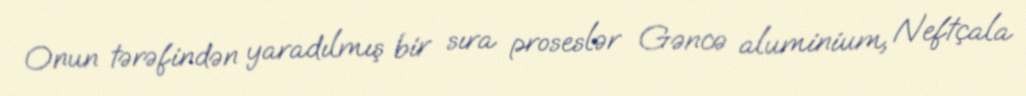
Onun tərəfindən yaradılmış bir sıra proseslər Gəncə aluminium, Neftçala